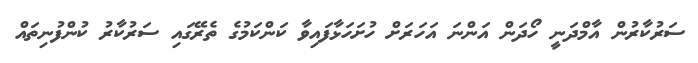
ސަރުކާރުން އާމްދަނީ ހޯދަން އަންނަ އަހަރަށް ހުށަހަޅާފައިވާ ކަންކަމުގެ ތެރޭގައި ސަރުކާރު ކުންފުނިތައް